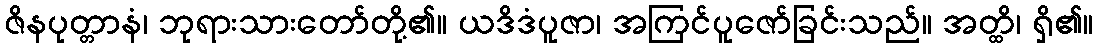
ဇိနပုတ္တာနံ၊ ဘုရားသားတော်တို့၏။ ယဒိဒံပူဇာ၊ အကြင်ပူဇော်ခြင်းသည်။ အတ္ထိ၊ ရှိ၏။